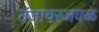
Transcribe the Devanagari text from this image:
तंजावरजवळ